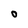
Character: O